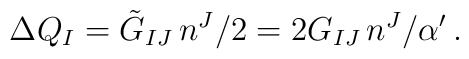
\Delta Q_I=\tilde{G}_{IJ}\,n^J/2 = 2G_{IJ}\,n^J/\alpha^\prime\, .